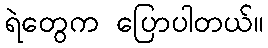
ရဲတွေက ပြောပါတယ်။